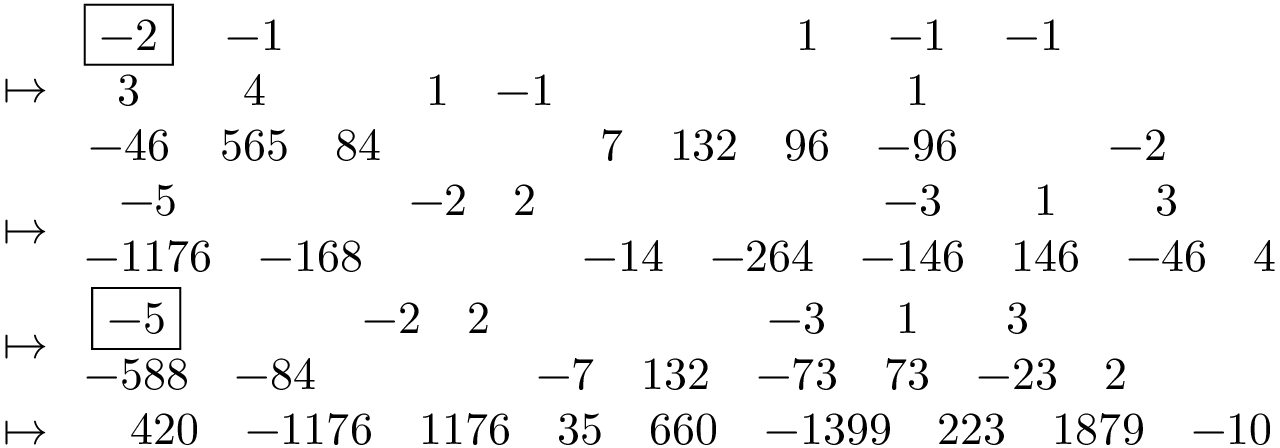
\begin{array} { r l } & { \mapsto \begin{array} { c c c c c c c c c c c } { \boxed { - 2 } } & { - 1 } & & & & & & { 1 } & { - 1 } & { - 1 } & \\ { 3 } & { 4 } & & { 1 } & { - 1 } & & & & { 1 } & & \\ { - 4 6 } & { 5 6 5 } & { 8 4 } & & & { 7 } & { 1 3 2 } & { 9 6 } & { - 9 6 } & & { - 2 } \end{array} } \\ & { \mapsto \begin{array} { c c c c c c c c c c } { - 5 } & & { - 2 } & { 2 } & & & { - 3 } & { 1 } & { 3 } & \\ { - 1 1 7 6 } & { - 1 6 8 } & & & { - 1 4 } & { - 2 6 4 } & { - 1 4 6 } & { 1 4 6 } & { - 4 6 } & { 4 } \end{array} } \\ & { \mapsto \begin{array} { c c c c c c c c c c } { \boxed { - 5 } } & & { - 2 } & { 2 } & & & { - 3 } & { 1 } & { 3 } & \\ { - 5 8 8 } & { - 8 4 } & & & { - 7 } & { 1 3 2 } & { - 7 3 } & { 7 3 } & { - 2 3 } & { 2 } \end{array} } \\ & { \mapsto \begin{array} { c c c c c c c c c c } & { 4 2 0 } & { - 1 1 7 6 } & { 1 1 7 6 } & { 3 5 } & { 6 6 0 } & { - 1 3 9 9 } & { 2 2 3 } & { 1 8 7 9 } & { - 1 0 } \end{array} } \end{array}